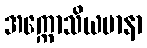
အက္ကောသိယမာနာ